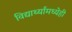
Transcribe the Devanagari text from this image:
विद्यार्थ्यांमध्येही